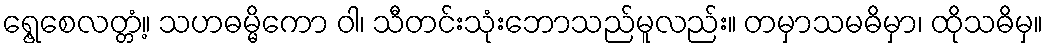
ရွေ့စေလတ္တံ့။ သဟဓမ္မိကော ဝါ၊ သီတင်းသုံးဘောသည်မူလည်း။ တမှာသမဓိမှာ၊ ထိုသဓိမှ။